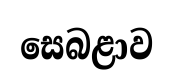
සෙබළාව